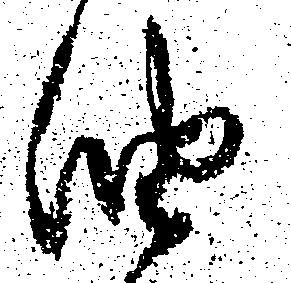
油